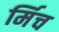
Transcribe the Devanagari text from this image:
र्मिच